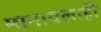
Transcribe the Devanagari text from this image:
मानायलाही